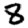
Digit: 8